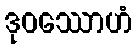
ဒုဝဿောဟံ